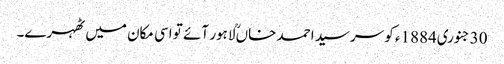
30جنوری1884ء کو سرسید احمد خاںؒ لاہور آئے تو اسی مکان میں ٹھہرے۔